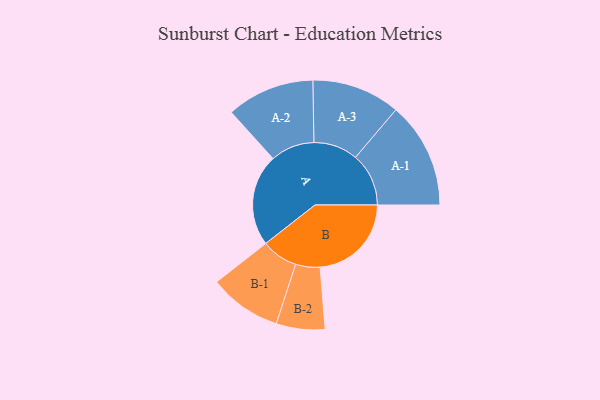
{"axis": {"x": "Segment", "y": "Value"}, "legend": ["", "A", "B"], "data": [{"x": "A", "y": 453, "type": ""}, {"x": "B", "y": 450, "type": ""}, {"x": "A-1", "y": 262, "type": "A"}, {"x": "A-2", "y": 217, "type": "A"}, {"x": "A-3", "y": 218, "type": "A"}, {"x": "B-1", "y": 179, "type": "B"}, {"x": "B-2", "y": 120, "type": "B"}]}